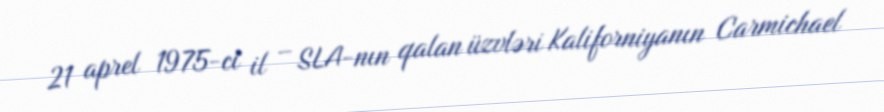
21 aprel 1975-ci il – SLA-nın qalan üzvləri Kaliforniyanın Carmichael